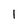
Character: 1